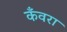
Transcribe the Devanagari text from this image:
कँवरा